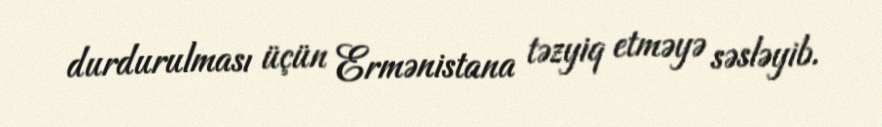
durdurulması üçün Ermənistana təzyiq etməyə səsləyib.